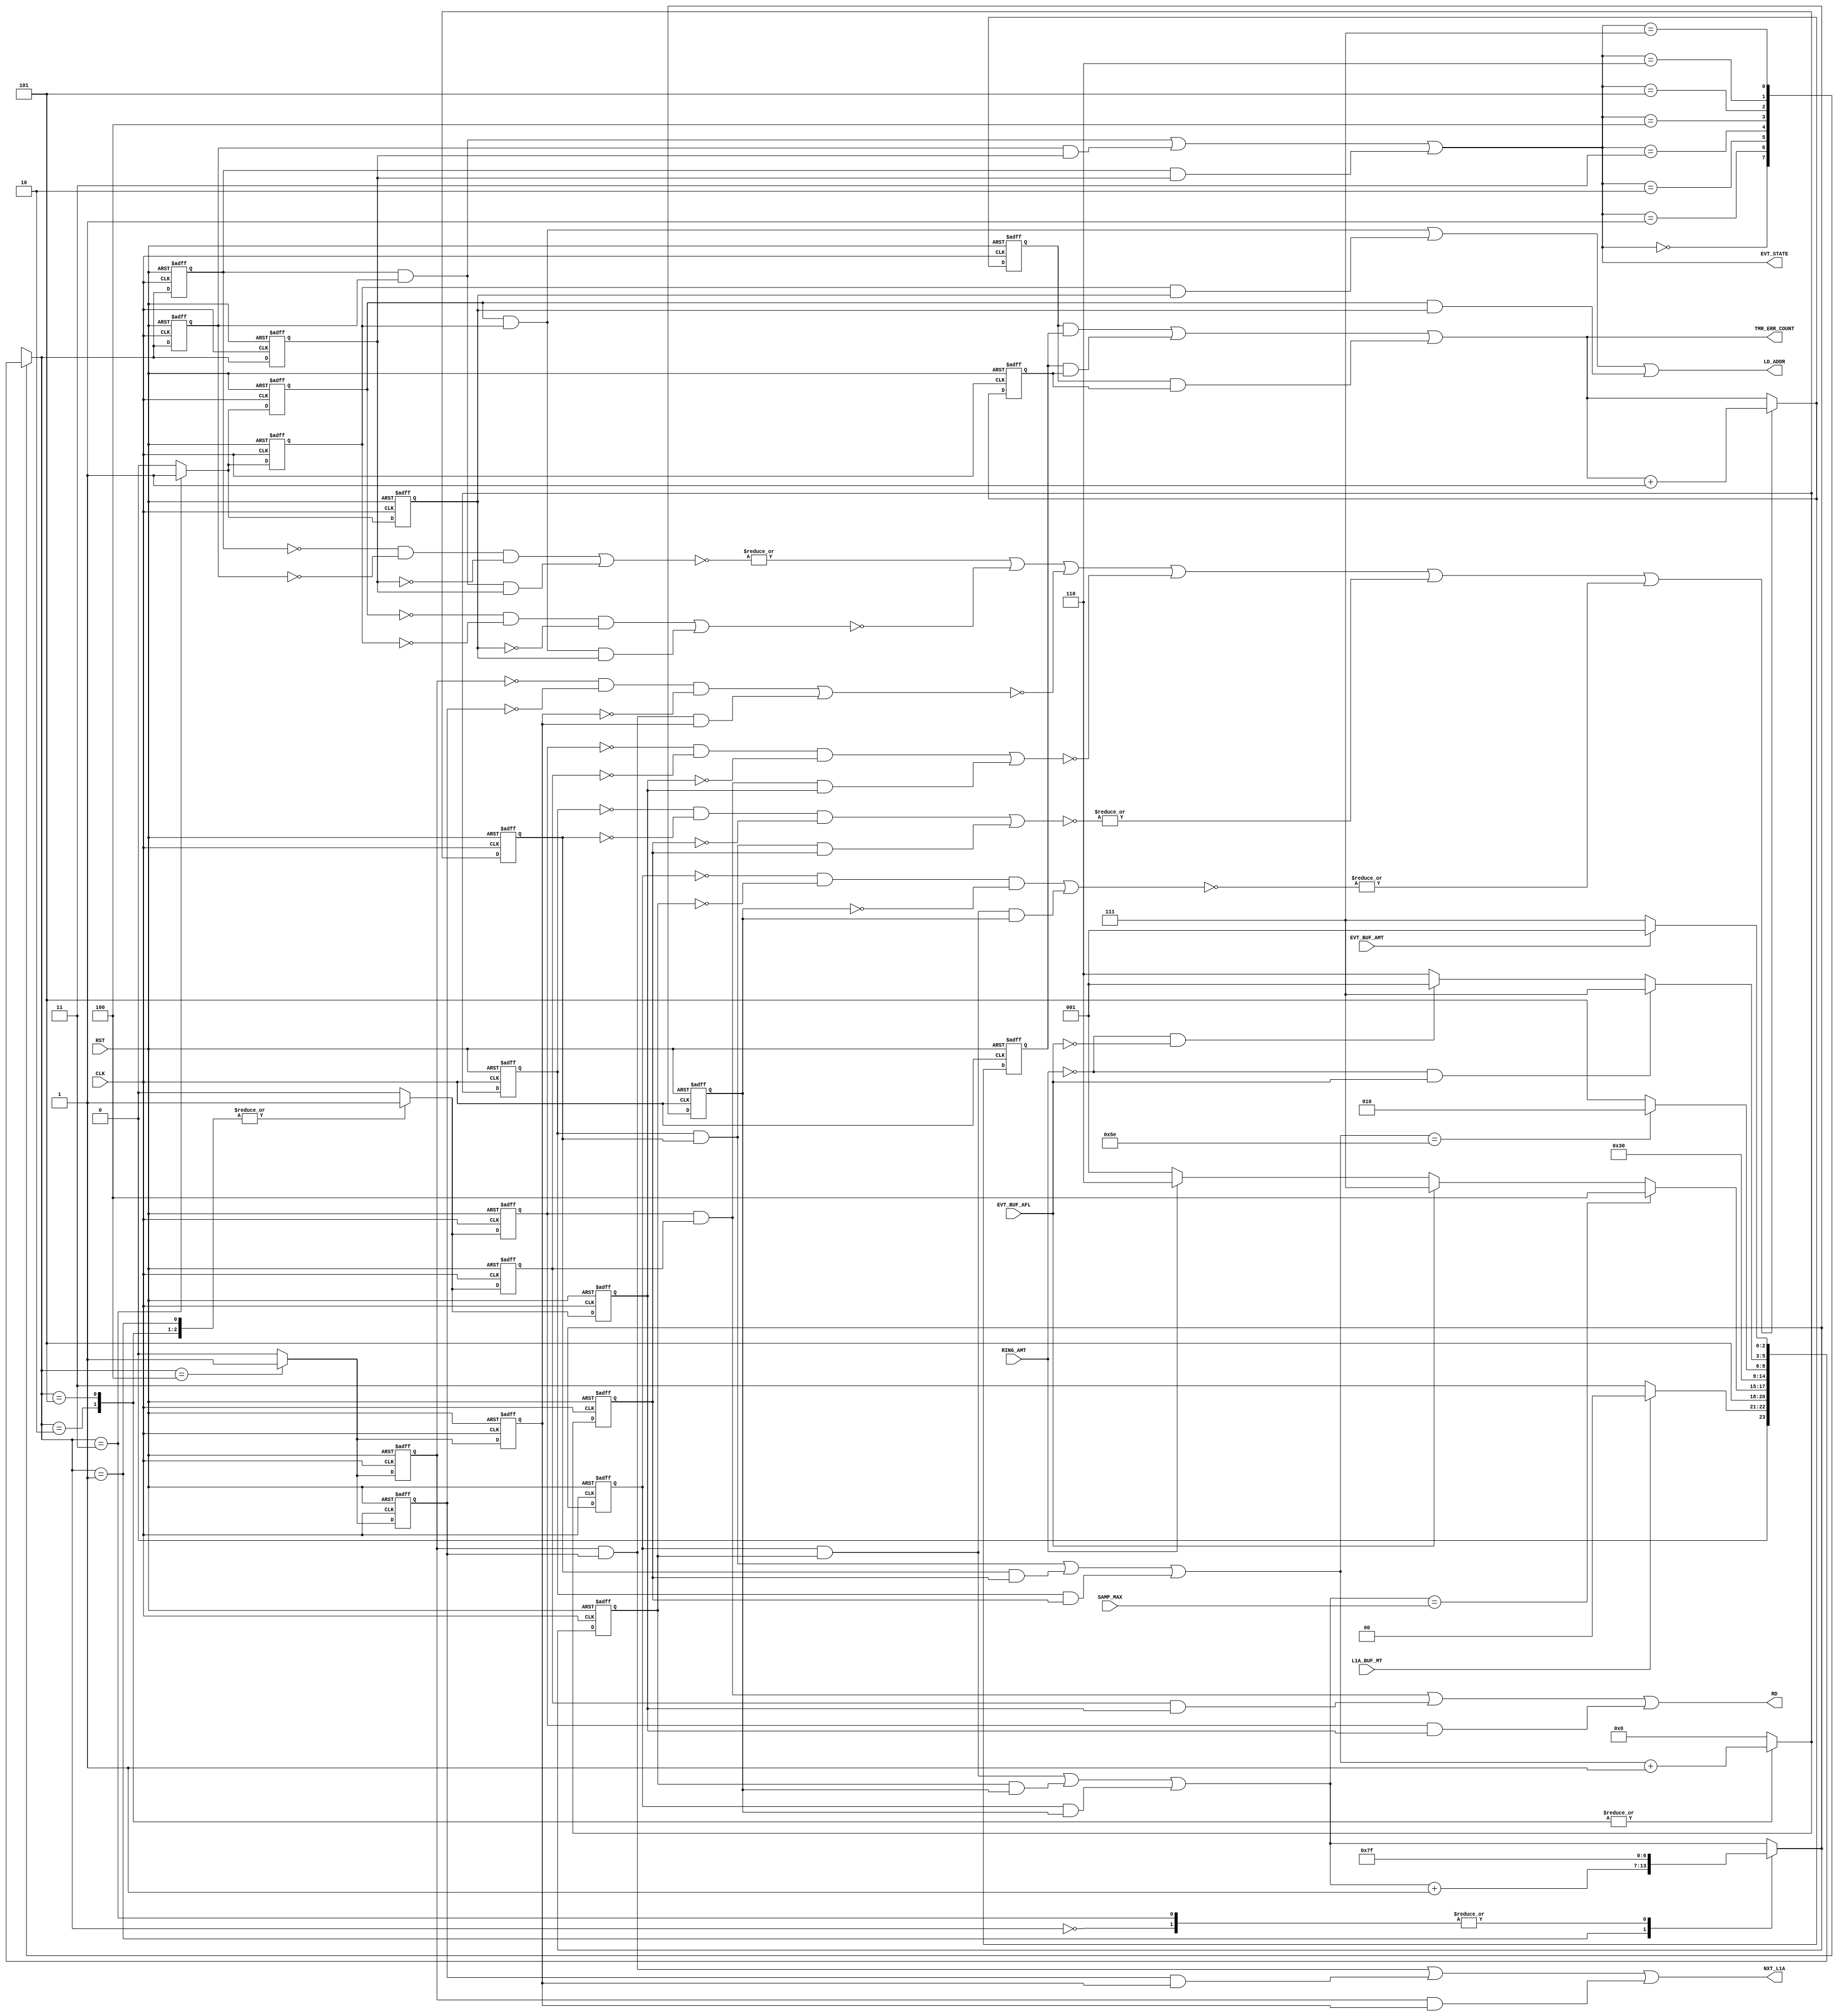

// Created by fizzim_tmr.pl version $Revision: 4.44 on 2014:08:26 at 13:28:28 (www.fizzim.com)

module Ring_Trans_FSM_TMR_Err_Det (
  output LD_ADDR,
  output NXT_L1A,
  output RD,
  output wire [2:0] EVT_STATE,
  output wire [15:0] TMR_ERR_COUNT,
  input CLK,
  input EVT_BUF_AFL,
  input EVT_BUF_AMT,
  input L1A_BUF_MT,
  input RING_AMT,
  input RST,
  input wire [6:0] SAMP_MAX 
);

  // state bits
  parameter 
  Idle       = 3'b000, 
  Inc_Samp   = 3'b001, 
  Last       = 3'b010, 
  Load_Addr  = 3'b011, 
  Next_L1a   = 3'b100, 
  Read       = 3'b101, 
  W4Data     = 3'b110, 
  W4_EVT_AMT = 3'b111; 

  (* syn_preserve = "true" *) reg [2:0] state_1;
  (* syn_preserve = "true" *) reg [2:0] state_2;
  (* syn_preserve = "true" *) reg [2:0] state_3;

  (* syn_keep = "true" *) wire [2:0] voted_state_1;
  (* syn_keep = "true" *) wire [2:0] voted_state_2;
  (* syn_keep = "true" *) wire [2:0] voted_state_3;

  (* syn_keep = "true" *) wire err_det_state_1;
  (* syn_keep = "true" *) wire err_det_state_2;
  (* syn_keep = "true" *) wire err_det_state_3;

  (* syn_preserve = "true" *) reg [15:0] ed_cnt_1;
  (* syn_preserve = "true" *) reg [15:0] ed_cnt_2;
  (* syn_preserve = "true" *) reg [15:0] ed_cnt_3;

  (* syn_keep = "true" *) wire [15:0] voted_ed_cnt_1;
  (* syn_keep = "true" *) wire [15:0] voted_ed_cnt_2;
  (* syn_keep = "true" *) wire [15:0] voted_ed_cnt_3;

  assign voted_state_1   = (state_1   & state_2  ) | (state_2   & state_3  ) | (state_1   & state_3  ); // Majority logic
  assign voted_state_2   = (state_1   & state_2  ) | (state_2   & state_3  ) | (state_1   & state_3  ); // Majority logic
  assign voted_state_3   = (state_1   & state_2  ) | (state_2   & state_3  ) | (state_1   & state_3  ); // Majority logic

  assign err_det_state_1   = |(~((~state_1   & ~state_2   & ~state_3  ) | (state_1   & state_2   & state_3  ))); // error detection logic
  assign err_det_state_2   = |(~((~state_1   & ~state_2   & ~state_3  ) | (state_1   & state_2   & state_3  ))); // error detection logic
  assign err_det_state_3   = |(~((~state_1   & ~state_2   & ~state_3  ) | (state_1   & state_2   & state_3  ))); // error detection logic

  assign voted_ed_cnt_1  = (ed_cnt_1  & ed_cnt_2 ) | (ed_cnt_2  & ed_cnt_3 ) | (ed_cnt_1  & ed_cnt_3 ); // Majority logic
  assign voted_ed_cnt_2  = (ed_cnt_1  & ed_cnt_2 ) | (ed_cnt_2  & ed_cnt_3 ) | (ed_cnt_1  & ed_cnt_3 ); // Majority logic
  assign voted_ed_cnt_3  = (ed_cnt_1  & ed_cnt_2 ) | (ed_cnt_2  & ed_cnt_3 ) | (ed_cnt_1  & ed_cnt_3 ); // Majority logic

  assign EVT_STATE = voted_state_1;
  assign TMR_ERR_COUNT = voted_ed_cnt_1;

  (* syn_keep = "true" *) reg [2:0] nextstate_1;
  (* syn_keep = "true" *) reg [2:0] nextstate_2;
  (* syn_keep = "true" *) reg [2:0] nextstate_3;

  (* syn_preserve = "true" *)  reg LD_ADDR_1;
  (* syn_preserve = "true" *)  reg LD_ADDR_2;
  (* syn_preserve = "true" *)  reg LD_ADDR_3;
  (* syn_preserve = "true" *)  reg NXT_L1A_1;
  (* syn_preserve = "true" *)  reg NXT_L1A_2;
  (* syn_preserve = "true" *)  reg NXT_L1A_3;
  (* syn_preserve = "true" *)  reg RD_1;
  (* syn_preserve = "true" *)  reg RD_2;
  (* syn_preserve = "true" *)  reg RD_3;
  (* syn_preserve = "true" *)  reg [6:0] seq_1;
  (* syn_preserve = "true" *)  reg [6:0] seq_2;
  (* syn_preserve = "true" *)  reg [6:0] seq_3;
  (* syn_keep = "true" *)      wire [6:0] voted_seq_1;
  (* syn_keep = "true" *)      wire [6:0] voted_seq_2;
  (* syn_keep = "true" *)      wire [6:0] voted_seq_3;
  (* syn_preserve = "true" *)  reg [6:0] smp_1;
  (* syn_preserve = "true" *)  reg [6:0] smp_2;
  (* syn_preserve = "true" *)  reg [6:0] smp_3;
  (* syn_keep = "true" *)      wire [6:0] voted_smp_1;
  (* syn_keep = "true" *)      wire [6:0] voted_smp_2;
  (* syn_keep = "true" *)      wire [6:0] voted_smp_3;
  (* syn_keep = "true" *)  wire err_det_LD_ADDR_1;
  (* syn_keep = "true" *)  wire err_det_LD_ADDR_2;
  (* syn_keep = "true" *)  wire err_det_LD_ADDR_3;
  (* syn_keep = "true" *)  wire err_det_NXT_L1A_1;
  (* syn_keep = "true" *)  wire err_det_NXT_L1A_2;
  (* syn_keep = "true" *)  wire err_det_NXT_L1A_3;
  (* syn_keep = "true" *)  wire err_det_RD_1;
  (* syn_keep = "true" *)  wire err_det_RD_2;
  (* syn_keep = "true" *)  wire err_det_RD_3;
  (* syn_keep = "true" *)  wire err_det_seq_1;
  (* syn_keep = "true" *)  wire err_det_seq_2;
  (* syn_keep = "true" *)  wire err_det_seq_3;
  (* syn_keep = "true" *)  wire err_det_smp_1;
  (* syn_keep = "true" *)  wire err_det_smp_2;
  (* syn_keep = "true" *)  wire err_det_smp_3;
  (* syn_keep = "true" *)  wire err_det_1;
  (* syn_keep = "true" *)  wire err_det_2;
  (* syn_keep = "true" *)  wire err_det_3;

  // Assignment of outputs and flags to voted majority logic of replicated registers
  assign LD_ADDR = (LD_ADDR_1 & LD_ADDR_2) | (LD_ADDR_2 & LD_ADDR_3) | (LD_ADDR_1 & LD_ADDR_3); // Majority logic
  assign NXT_L1A = (NXT_L1A_1 & NXT_L1A_2) | (NXT_L1A_2 & NXT_L1A_3) | (NXT_L1A_1 & NXT_L1A_3); // Majority logic
  assign RD      = (RD_1      & RD_2     ) | (RD_2      & RD_3     ) | (RD_1      & RD_3     ); // Majority logic
  assign voted_seq_1     = (seq_1     & seq_2    ) | (seq_2     & seq_3    ) | (seq_1     & seq_3    ); // Majority logic
  assign voted_seq_2     = (seq_1     & seq_2    ) | (seq_2     & seq_3    ) | (seq_1     & seq_3    ); // Majority logic
  assign voted_seq_3     = (seq_1     & seq_2    ) | (seq_2     & seq_3    ) | (seq_1     & seq_3    ); // Majority logic
  assign voted_smp_1     = (smp_1     & smp_2    ) | (smp_2     & smp_3    ) | (smp_1     & smp_3    ); // Majority logic
  assign voted_smp_2     = (smp_1     & smp_2    ) | (smp_2     & smp_3    ) | (smp_1     & smp_3    ); // Majority logic
  assign voted_smp_3     = (smp_1     & smp_2    ) | (smp_2     & smp_3    ) | (smp_1     & smp_3    ); // Majority logic

  // Assignment of error detection logic to replicated signals
  assign err_det_LD_ADDR_1 =  (~((~LD_ADDR_1 & ~LD_ADDR_2 & ~LD_ADDR_3) | (LD_ADDR_1 & LD_ADDR_2 & LD_ADDR_3))); // error detection logic
  assign err_det_LD_ADDR_2 =  (~((~LD_ADDR_1 & ~LD_ADDR_2 & ~LD_ADDR_3) | (LD_ADDR_1 & LD_ADDR_2 & LD_ADDR_3))); // error detection logic
  assign err_det_LD_ADDR_3 =  (~((~LD_ADDR_1 & ~LD_ADDR_2 & ~LD_ADDR_3) | (LD_ADDR_1 & LD_ADDR_2 & LD_ADDR_3))); // error detection logic
  assign err_det_NXT_L1A_1 =  (~((~NXT_L1A_1 & ~NXT_L1A_2 & ~NXT_L1A_3) | (NXT_L1A_1 & NXT_L1A_2 & NXT_L1A_3))); // error detection logic
  assign err_det_NXT_L1A_2 =  (~((~NXT_L1A_1 & ~NXT_L1A_2 & ~NXT_L1A_3) | (NXT_L1A_1 & NXT_L1A_2 & NXT_L1A_3))); // error detection logic
  assign err_det_NXT_L1A_3 =  (~((~NXT_L1A_1 & ~NXT_L1A_2 & ~NXT_L1A_3) | (NXT_L1A_1 & NXT_L1A_2 & NXT_L1A_3))); // error detection logic
  assign err_det_RD_1      =  (~((~RD_1      & ~RD_2      & ~RD_3     ) | (RD_1      & RD_2      & RD_3     ))); // error detection logic
  assign err_det_RD_2      =  (~((~RD_1      & ~RD_2      & ~RD_3     ) | (RD_1      & RD_2      & RD_3     ))); // error detection logic
  assign err_det_RD_3      =  (~((~RD_1      & ~RD_2      & ~RD_3     ) | (RD_1      & RD_2      & RD_3     ))); // error detection logic
  assign err_det_seq_1     = |(~((~seq_1     & ~seq_2     & ~seq_3    ) | (seq_1     & seq_2     & seq_3    ))); // error detection logic
  assign err_det_seq_2     = |(~((~seq_1     & ~seq_2     & ~seq_3    ) | (seq_1     & seq_2     & seq_3    ))); // error detection logic
  assign err_det_seq_3     = |(~((~seq_1     & ~seq_2     & ~seq_3    ) | (seq_1     & seq_2     & seq_3    ))); // error detection logic
  assign err_det_smp_1     = |(~((~smp_1     & ~smp_2     & ~smp_3    ) | (smp_1     & smp_2     & smp_3    ))); // error detection logic
  assign err_det_smp_2     = |(~((~smp_1     & ~smp_2     & ~smp_3    ) | (smp_1     & smp_2     & smp_3    ))); // error detection logic
  assign err_det_smp_3     = |(~((~smp_1     & ~smp_2     & ~smp_3    ) | (smp_1     & smp_2     & smp_3    ))); // error detection logic


  // Assign 'OR' of all error detection signals
  assign err_det_1 = err_det_state_1   | err_det_LD_ADDR_1   | err_det_NXT_L1A_1   | err_det_RD_1   | err_det_seq_1   | err_det_smp_1  ;
  assign err_det_2 = err_det_state_2   | err_det_LD_ADDR_2   | err_det_NXT_L1A_2   | err_det_RD_2   | err_det_seq_2   | err_det_smp_2  ;
  assign err_det_3 = err_det_state_3   | err_det_LD_ADDR_3   | err_det_NXT_L1A_3   | err_det_RD_3   | err_det_seq_3   | err_det_smp_3  ;

  // comb always block
  always @* begin
    nextstate_1 = 3'bxxx; // default to x because default_state_is_x is set
    nextstate_2 = 3'bxxx; // default to x because default_state_is_x is set
    nextstate_3 = 3'bxxx; // default to x because default_state_is_x is set
    case (voted_state_1)
      Idle      : if      (!L1A_BUF_MT)                nextstate_1 = Load_Addr;
                  else                                 nextstate_1 = Idle;
      Inc_Samp  :                                      nextstate_1 = Read;
      Last      : if      (voted_smp_1 == SAMP_MAX)    nextstate_1 = Next_L1a;
                  else if (EVT_BUF_AFL)                nextstate_1 = W4_EVT_AMT;
                  else if (RING_AMT)                   nextstate_1 = W4Data;
                  else                                 nextstate_1 = Inc_Samp;
      Load_Addr :                                      nextstate_1 = W4Data;
      Next_L1a  :                                      nextstate_1 = Idle;
      Read      : if      (voted_seq_1 == 7'd94)       nextstate_1 = Last;
                  else                                 nextstate_1 = Read;
      W4Data    : if      (!RING_AMT && EVT_BUF_AFL)   nextstate_1 = W4_EVT_AMT;
                  else if (!RING_AMT && !EVT_BUF_AFL)  nextstate_1 = Inc_Samp;
                  else                                 nextstate_1 = W4Data;
      W4_EVT_AMT: if      (EVT_BUF_AMT)                nextstate_1 = Inc_Samp;
                  else                                 nextstate_1 = W4_EVT_AMT;
    endcase
    case (voted_state_2)
      Idle      : if      (!L1A_BUF_MT)                nextstate_2 = Load_Addr;
                  else                                 nextstate_2 = Idle;
      Inc_Samp  :                                      nextstate_2 = Read;
      Last      : if      (voted_smp_2 == SAMP_MAX)    nextstate_2 = Next_L1a;
                  else if (EVT_BUF_AFL)                nextstate_2 = W4_EVT_AMT;
                  else if (RING_AMT)                   nextstate_2 = W4Data;
                  else                                 nextstate_2 = Inc_Samp;
      Load_Addr :                                      nextstate_2 = W4Data;
      Next_L1a  :                                      nextstate_2 = Idle;
      Read      : if      (voted_seq_2 == 7'd94)       nextstate_2 = Last;
                  else                                 nextstate_2 = Read;
      W4Data    : if      (!RING_AMT && EVT_BUF_AFL)   nextstate_2 = W4_EVT_AMT;
                  else if (!RING_AMT && !EVT_BUF_AFL)  nextstate_2 = Inc_Samp;
                  else                                 nextstate_2 = W4Data;
      W4_EVT_AMT: if      (EVT_BUF_AMT)                nextstate_2 = Inc_Samp;
                  else                                 nextstate_2 = W4_EVT_AMT;
    endcase
    case (voted_state_3)
      Idle      : if      (!L1A_BUF_MT)                nextstate_3 = Load_Addr;
                  else                                 nextstate_3 = Idle;
      Inc_Samp  :                                      nextstate_3 = Read;
      Last      : if      (voted_smp_3 == SAMP_MAX)    nextstate_3 = Next_L1a;
                  else if (EVT_BUF_AFL)                nextstate_3 = W4_EVT_AMT;
                  else if (RING_AMT)                   nextstate_3 = W4Data;
                  else                                 nextstate_3 = Inc_Samp;
      Load_Addr :                                      nextstate_3 = W4Data;
      Next_L1a  :                                      nextstate_3 = Idle;
      Read      : if      (voted_seq_3 == 7'd94)       nextstate_3 = Last;
                  else                                 nextstate_3 = Read;
      W4Data    : if      (!RING_AMT && EVT_BUF_AFL)   nextstate_3 = W4_EVT_AMT;
                  else if (!RING_AMT && !EVT_BUF_AFL)  nextstate_3 = Inc_Samp;
                  else                                 nextstate_3 = W4Data;
      W4_EVT_AMT: if      (EVT_BUF_AMT)                nextstate_3 = Inc_Samp;
                  else                                 nextstate_3 = W4_EVT_AMT;
    endcase
  end

  // Assign reg'd outputs to state bits

  // sequential always block
  always @(posedge CLK or posedge RST) begin
    if (RST) begin
      state_1 <= Idle;
      state_2 <= Idle;
      state_3 <= Idle;
      ed_cnt_1 <= 0;
      ed_cnt_2 <= 0;
      ed_cnt_3 <= 0;
    end
    else begin
      state_1 <= nextstate_1;
      state_2 <= nextstate_2;
      state_3 <= nextstate_3;
      ed_cnt_1 <= err_det_1 ? voted_ed_cnt_1 + 1 : voted_ed_cnt_1;
      ed_cnt_2 <= err_det_2 ? voted_ed_cnt_2 + 1 : voted_ed_cnt_2;
      ed_cnt_3 <= err_det_3 ? voted_ed_cnt_3 + 1 : voted_ed_cnt_3;
    end
  end

  // datapath sequential always block
  always @(posedge CLK or posedge RST) begin
    if (RST) begin
      LD_ADDR_1 <= 0;
      LD_ADDR_2 <= 0;
      LD_ADDR_3 <= 0;
      NXT_L1A_1 <= 0;
      NXT_L1A_2 <= 0;
      NXT_L1A_3 <= 0;
      RD_1 <= 0;
      RD_2 <= 0;
      RD_3 <= 0;
      seq_1 <= 7'h00;
      seq_2 <= 7'h00;
      seq_3 <= 7'h00;
      smp_1 <= 7'h00;
      smp_2 <= 7'h00;
      smp_3 <= 7'h00;
    end
    else begin
      LD_ADDR_1 <= 0; // default
      LD_ADDR_2 <= 0; // default
      LD_ADDR_3 <= 0; // default
      NXT_L1A_1 <= 0; // default
      NXT_L1A_2 <= 0; // default
      NXT_L1A_3 <= 0; // default
      RD_1 <= 0; // default
      RD_2 <= 0; // default
      RD_3 <= 0; // default
      seq_1 <= 7'h00; // default
      seq_2 <= 7'h00; // default
      seq_3 <= 7'h00; // default
      smp_1 <= voted_smp_1; // default
      smp_2 <= voted_smp_2; // default
      smp_3 <= voted_smp_3; // default
      case (nextstate_1)
        Idle      :        smp_1 <= 7'h7F;
        Inc_Samp  : begin
                           RD_1 <= 1;
                           smp_1 <= voted_smp_1 + 1;
        end
        Last      : begin
                           RD_1 <= 1;
                           seq_1 <= voted_seq_1 + 1;
        end
        Load_Addr : begin
                           LD_ADDR_1 <= 1;
                           smp_1 <= 7'h7F;
        end
        Next_L1a  :        NXT_L1A_1 <= 1;
        Read      : begin
                           RD_1 <= 1;
                           seq_1 <= voted_seq_1 + 1;
        end
      endcase
      case (nextstate_2)
        Idle      :        smp_2 <= 7'h7F;
        Inc_Samp  : begin
                           RD_2 <= 1;
                           smp_2 <= voted_smp_2 + 1;
        end
        Last      : begin
                           RD_2 <= 1;
                           seq_2 <= voted_seq_2 + 1;
        end
        Load_Addr : begin
                           LD_ADDR_2 <= 1;
                           smp_2 <= 7'h7F;
        end
        Next_L1a  :        NXT_L1A_2 <= 1;
        Read      : begin
                           RD_2 <= 1;
                           seq_2 <= voted_seq_2 + 1;
        end
      endcase
      case (nextstate_3)
        Idle      :        smp_3 <= 7'h7F;
        Inc_Samp  : begin
                           RD_3 <= 1;
                           smp_3 <= voted_smp_3 + 1;
        end
        Last      : begin
                           RD_3 <= 1;
                           seq_3 <= voted_seq_3 + 1;
        end
        Load_Addr : begin
                           LD_ADDR_3 <= 1;
                           smp_3 <= 7'h7F;
        end
        Next_L1a  :        NXT_L1A_3 <= 1;
        Read      : begin
                           RD_3 <= 1;
                           seq_3 <= voted_seq_3 + 1;
        end
      endcase
    end
  end

  // This code allows you to see state names in simulation
  `ifndef SYNTHESIS
  reg [79:0] statename;
  always @* begin
    case (state_1)
      Idle      : statename = "Idle";
      Inc_Samp  : statename = "Inc_Samp";
      Last      : statename = "Last";
      Load_Addr : statename = "Load_Addr";
      Next_L1a  : statename = "Next_L1a";
      Read      : statename = "Read";
      W4Data    : statename = "W4Data";
      W4_EVT_AMT: statename = "W4_EVT_AMT";
      default   : statename = "XXXXXXXXXX";
    endcase
  end
  `endif

endmodule